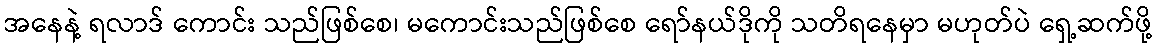
အနေနဲ့ ရလာဒ် ကောင်း သည်ဖြစ်စေ၊ မကောင်းသည်ဖြစ်စေ ရော်နယ်ဒိုကို သတိရနေမှာ မဟုတ်ပဲ ရှေ့ဆက်ဖို့